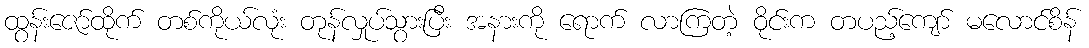
ထွန်းဇော်ထိုက် တစ်ကိုယ်လုံး တုန်လှုပ်သွားပြီး အနားကို ရောက် လာကြတဲ့ ဝိုင်းက တပည့်ကျော် မလောင်စိန်